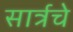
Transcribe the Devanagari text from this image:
सार्त्रचे